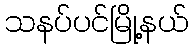
သနပ်ပင်မြို့နယ်